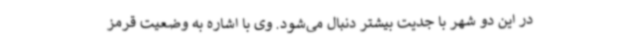
در این دو شهر با جدیت بیشتر دنبال می‌شود. وی با اشاره به وضعیت قرمز